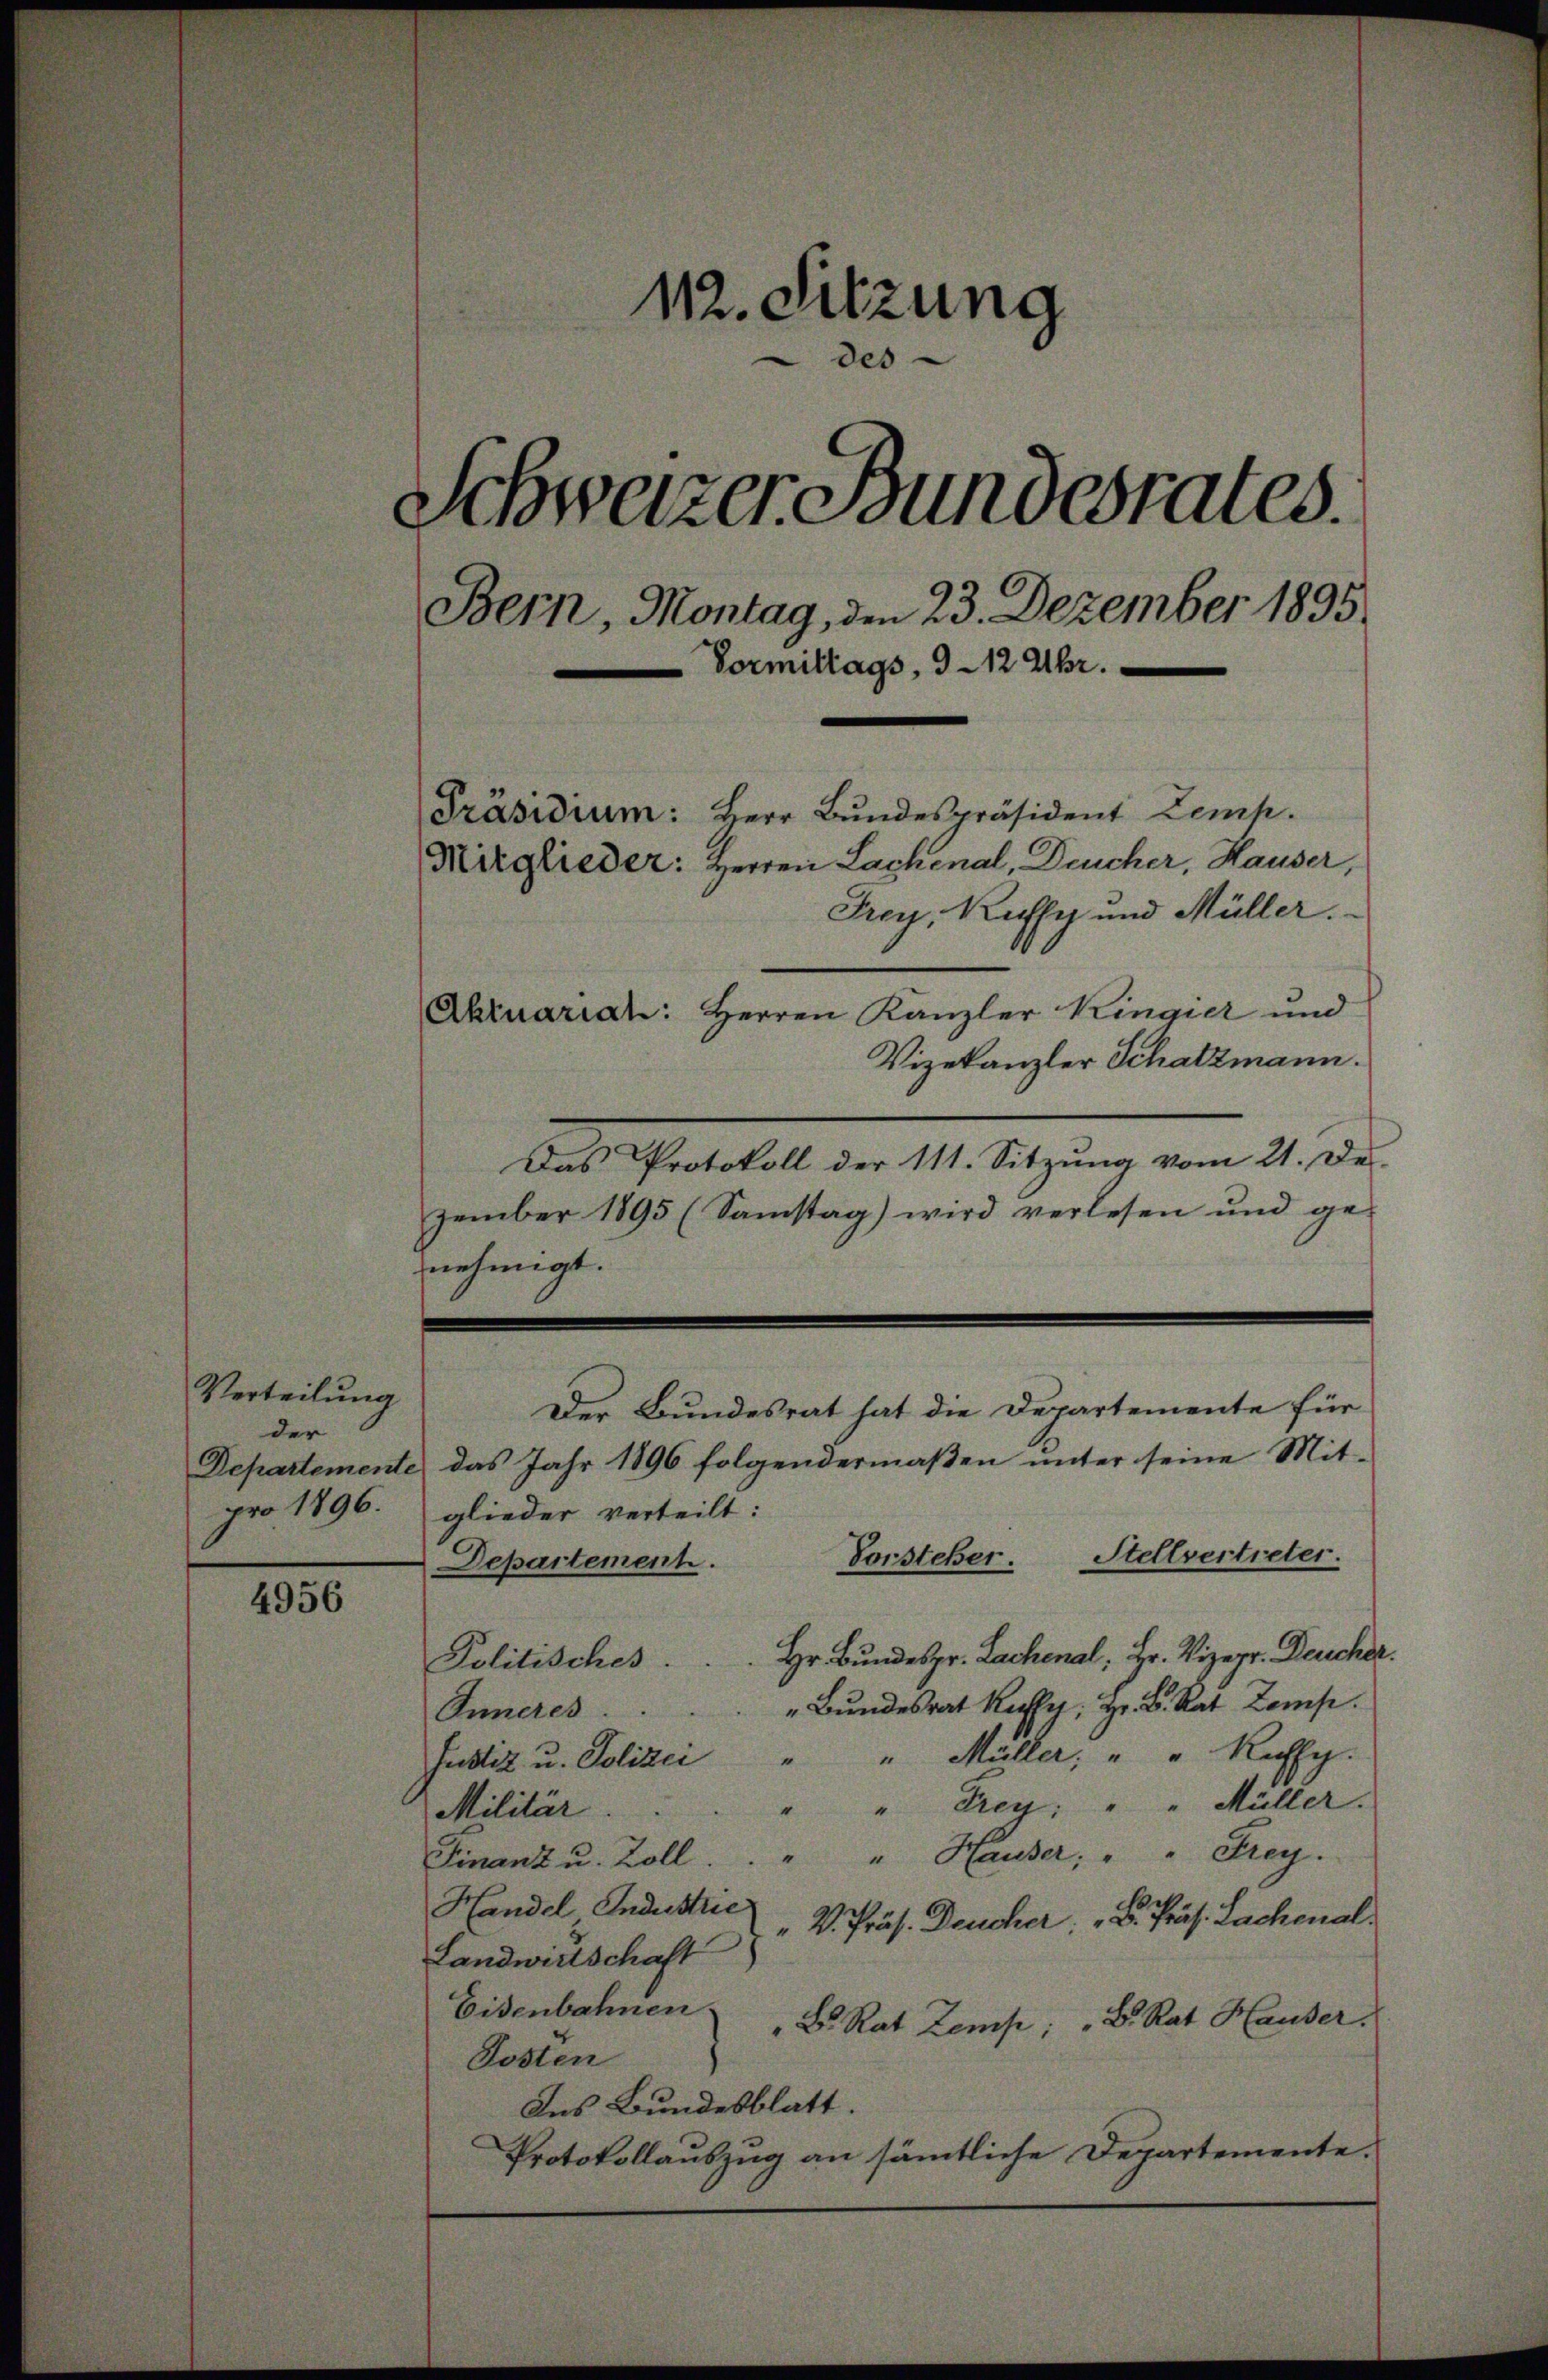
Verteilung
der
pro 1896.

4956

112. Sitzung
des
Schweizer Bundesrates.
Bern, Montag, den 23. Dezember 1895
Vormittags, 312 Uhr.
Präsidium: Herr Bundespräsident Zemp.
Mitglieder: Herren Lachenal, Deucher, Hauser,
Frey, Kuffe und Müller.
Aktuariat: Herren Kanzler Kingier und
Vizekanzler Schatzmann.

Das Protokoll der 111. Sitzŭng vom 21. De
zember 1895 (Samstag) wird verlesen und ge-
nehmigt.
Der Bundesrat hat die Departemente für
Departemente das Jahr 1896 folgendermaβen ŭnter seine Mit-
glieder verteilt:
Vorsteher. Stellvertreter.
Departement.
Politisches . . . Hr. Bundespr. Lachenal, Hr. Vizepr. Deucher.
" Bŭndesrat Res. Hr. B. Rat Zep
Inneres.
Justiz u. Polizei " " Müller, " " Kaffy.
" Frey. " " Müller.
"
Militär.
" Hauser, " " Frey.
Finanz u. Zoll.
Handel Industrie
" V. Präs. Deucher: ". Präs. Sachenal¬
Landwirtschaft
Eisenbahnen.
B. Rat Zemp; B. Rat Hauser.
Posten
Ins Bundesblatt.
Protokollauszug an sämmtliche Departemente.